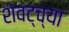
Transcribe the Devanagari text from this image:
शेवट्च्या